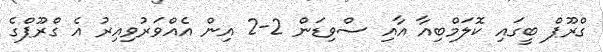
ގްރޫޕް ބީގައި ކޮލަމްބިއާ އާއި ސްވިޑަން 2-2 އިން އެއްވަރުވިއިރު އެ ގްރޫޕްގެ